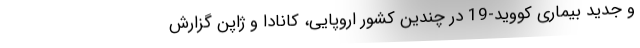
و جدید بیماری کووید-19 در چندین کشور اروپایی، کانادا و ژاپن گزارش